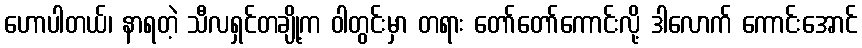
ဟောပါတယ်၊ နာရတဲ့ သီလရှင်တချို့က ဝါတွင်းမှာ တရား တော်တော်ကောင်းလို့ ဒါလောက် ကောင်းအောင်